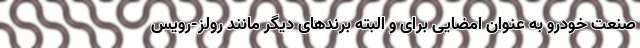
صنعت خودرو به عنوان امضایی برای و البته برندهای دیگر مانند رولز-رویس